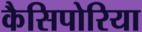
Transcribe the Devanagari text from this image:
कैसिपोरिया